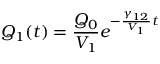
Q _ { 1 } ( t ) = \frac { Q _ { 0 } } { V _ { 1 } } e ^ { - \frac { \gamma _ { 1 2 } } { V _ { 1 } } t }